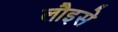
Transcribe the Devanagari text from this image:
लौइसे